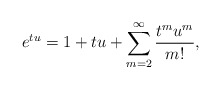
\begin{align*}e^{tu}=1+tu+\sum\limits_{m=2}^{\infty}\frac{t^mu^m} {m!},\end{align*}